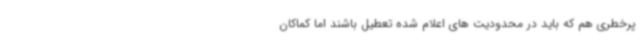
پرخطری هم که باید در محدودیت های اعلام شده تعطیل باشند اما کماکان